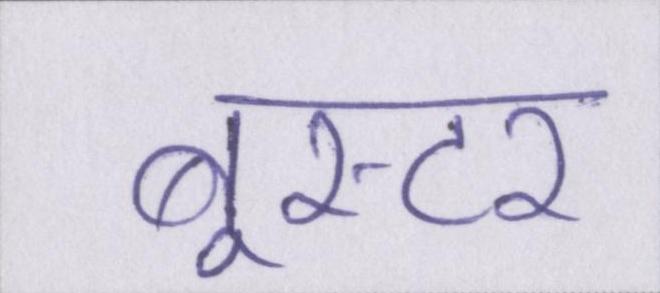
बूस्टर